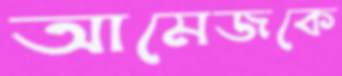
আমেজকে